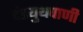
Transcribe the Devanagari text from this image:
दंडयुथपाणी